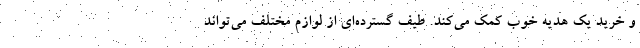
و خرید یک هدیه خوب کمک می‌کند. طیف گسترده‌ای از لوازم مختلف می‌تواند